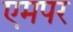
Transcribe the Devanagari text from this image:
एमपर